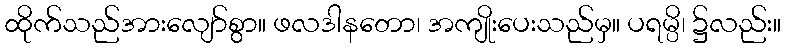
ထိုက်သည်အားလျော်စွာ။ ဖလဒါနတော၊ အကျိုးပေးသည်မှ။ ပရမ္ပိ၊ ၌လည်း။